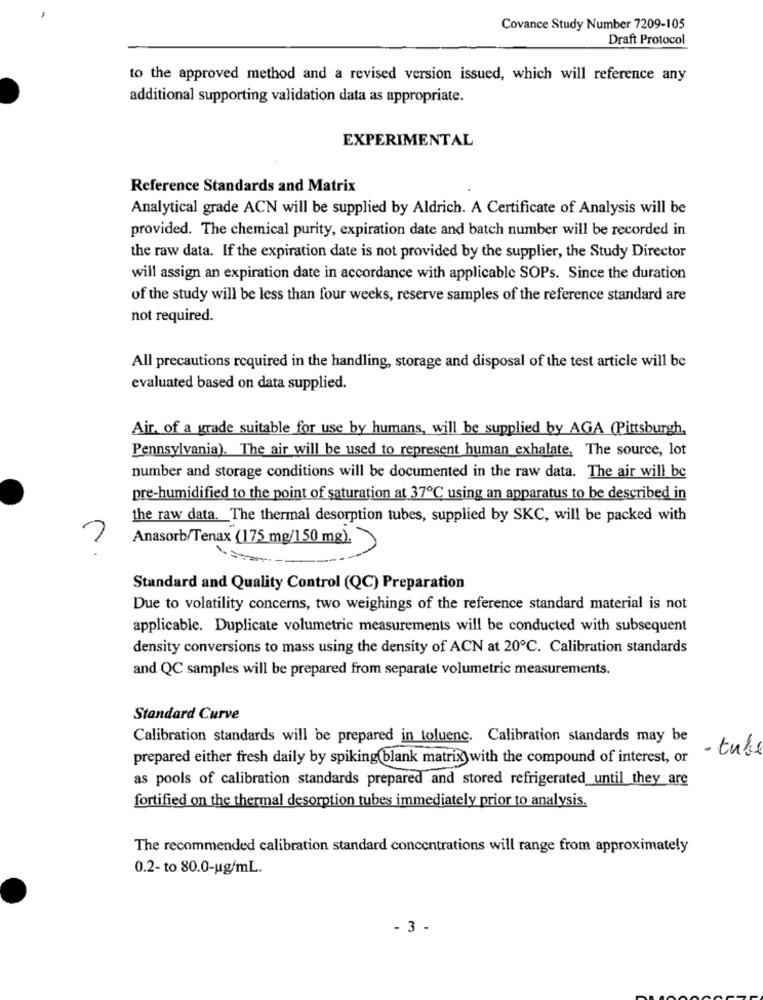
Covance Study Number 7209-105
Draft Protocol
to the approved method and a revised version issued, which will reference any
additional supporting validation data as appropriate.
EXPERIMENTAL
Reference Standards and Matrix
Analytical grade ACN will be supplied by Aldrich. A Certificate of Analysis will be
provided. The chemical purity, expiration date and batch number will be recorded in
the raw data. If the expiration date is not provided by the supplier, the Study Director
will assign an expiration date in accordance with applicable SOPs. Since the duration
of the study will be less than four weeks, reserve samples of the reference standard are
not required.
All precautions required in the handling, storage and disposal of the test article will be
evaluated based on data supplied.
Air. of a grade suitable for use by humans, will be supplied by AGA (Pittsburgh,
Pennsylvania). The air will be used to represent human exhalate, The source, lot
number and storage conditions will be documented in the raw data. The air will bc
pre-humidified to the point of saturation at 37℃ using an apparatus to be described in
the raw data. The thermal desorption tubes, supplied by SKC, will be packed with
Anasorb/Tenax (175 mg/150 mg).
Standard and Quality Control (QC) Preparation
Due to volatility concerns, two weighings of the reference standard material is not
applicable. Duplicate volumetric measurements will be conducted with subsequent
density conversions to mass using the density of ACN at 20℃. Calibration standards
and QC samples will be prepared from separate volumetric measurements.
Standard Curve
Calibration standards will be prepared in toluenc. Calibration standards may be
- tube
prepared either fresh daily by spiking blank matrix with the compound of interest, or
as pools of calibration standards prepared and stored refrigerated_until they are
fortified on the thermal desorption tubes immediately prior to analysis.
The recommended calibration standard concentrations will range from approximately
0.2- to 80.0-ug/mL.
- 3 -